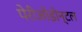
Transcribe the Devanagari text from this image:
पेरीओडोन्टल